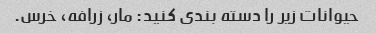
حیوانات زیر را دسته بندی کنید: مار، زرافه، خرس.